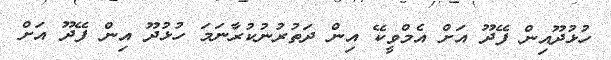
ހުޅުދޫއިން ފޭދޫ އަށް އެމްވީކޭ އިން ދަތުުރުނުކުރާނަމަ ހުޅުދޫ އިން ފޭދޫ އަށް